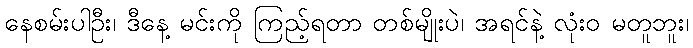
နေစမ်းပါဦး၊ ဒီနေ့ မင်းကို ကြည့်ရတာ တစ်မျိုးပဲ၊ အရင်နဲ့ လုံးဝ မတူဘူး၊